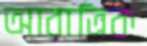
আরাত্রিক